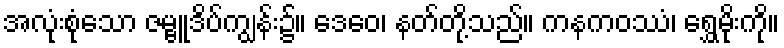
အလုံးစုံသော ဇမ္ဗူဒိပ်ကျွန်း၌။ ဒေဝေ၊ နတ်တို့သည်။ ကနကဝဿံ၊ ရွှေမိုးကို။